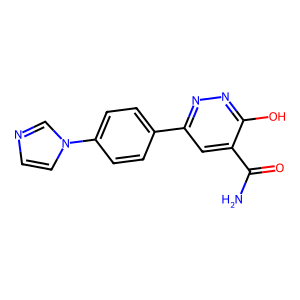
SMILES: NC(=O)c1cc(-c2ccc(-n3ccnc3)cc2)nnc1O
Inhibits HIV replication: No